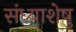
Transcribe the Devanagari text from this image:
संध्याशेषु